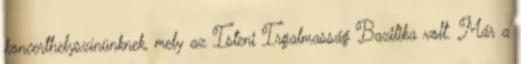
koncerthelyszínünknek, mely az Isteni Irgalmasság Bazilika volt. Már a